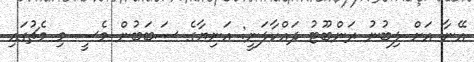
އޭނާ އަށް ލިބުނު ރަންބޫޓު ދައްކާލަނީ: އަނިޔާގެ ސަބަބުން މެސީ މި މެޗުގައި